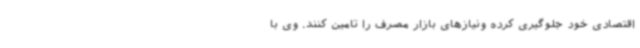
اقتصادی خود جلوگیری کرده ونیازهای بازار مصرف را تامین کنند. وی با